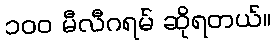
၁၀၀ မီလီဂရမ် ဆိုရတယ်။